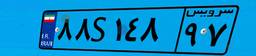
۸۲S۷۱۳۵۸